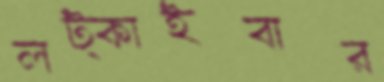
লট্‌কাইবার